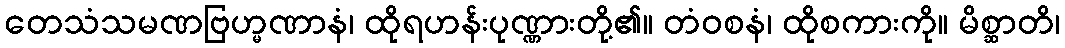
တေသံသမဏဗြဟ္မဏာနံ၊ ထိုရဟန်းပုဏ္ဏားတို့၏။ တံဝစနံ၊ ထိုစကားကို။ မိစ္ဆာတိ၊